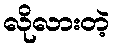
လိုလားတဲ့